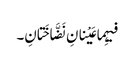
فیہِما عَیْنانِ نَضَّاخَتانِ۔